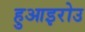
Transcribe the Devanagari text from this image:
हुआइरोउ